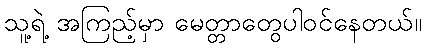
သူ့ရဲ့ အကြည့်မှာ မေတ္တာတွေပါဝင်နေတယ်။